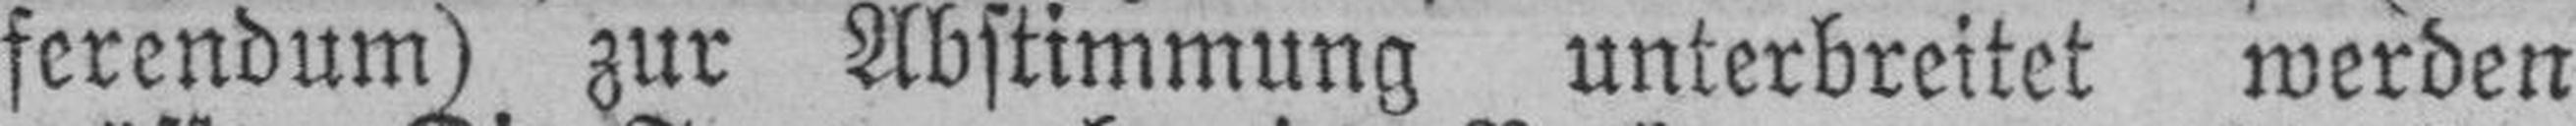
ferendum) zur Abstimmung unterbreitet werden